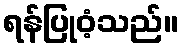
ရန်ပြုဝံ့သည်။